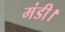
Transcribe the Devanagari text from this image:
मंडी।